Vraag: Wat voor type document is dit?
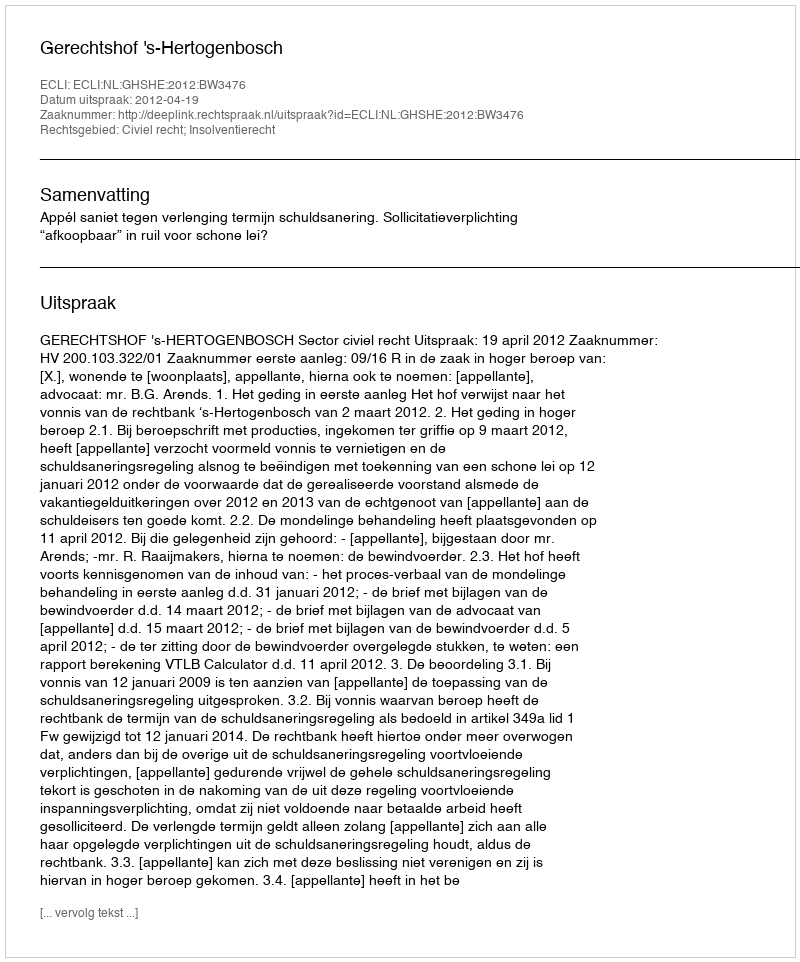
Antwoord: Uitspraak